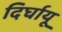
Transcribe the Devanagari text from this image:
दिर्घायू